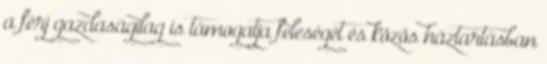
a férj gazdaságilag is támogatja feleségét és közös háztartásban